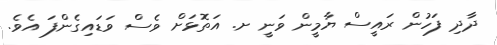
ދާދި ފަހުން ރައީސް ޔާމީން ވަނީ ށ. އަތޮޅަށް ވެސް ވަޑައިގެންފަ އެވެ.